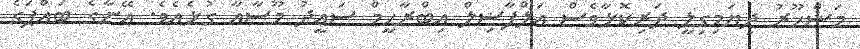
މަޝްހޫރު ދިޔަމިގިލީ ދަރިކޮޅާވެސް އަލްފާޟިލް އިބްރާހީމް ސަޢީދު މޫސާއާ ގުޅެއެވެ. އޭނާގެ ބައްޕަގެ